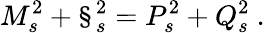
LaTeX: M_{s}^{2}+\S_{s}^{2}=P_{s}^{2}+Q_{s}^{2}\ .